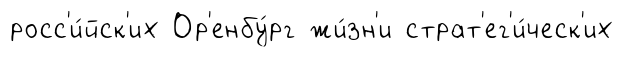
росс'и́йск'их Ор'енбу́рг жи́зн'и страт'ег'и́ческ'их